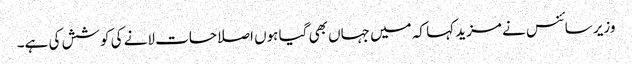
وزیر سائنس نے مزید کہا کہ میں جہاں بھی گیا ہوں اصلاحات لانے کی کوشش کی ہے۔